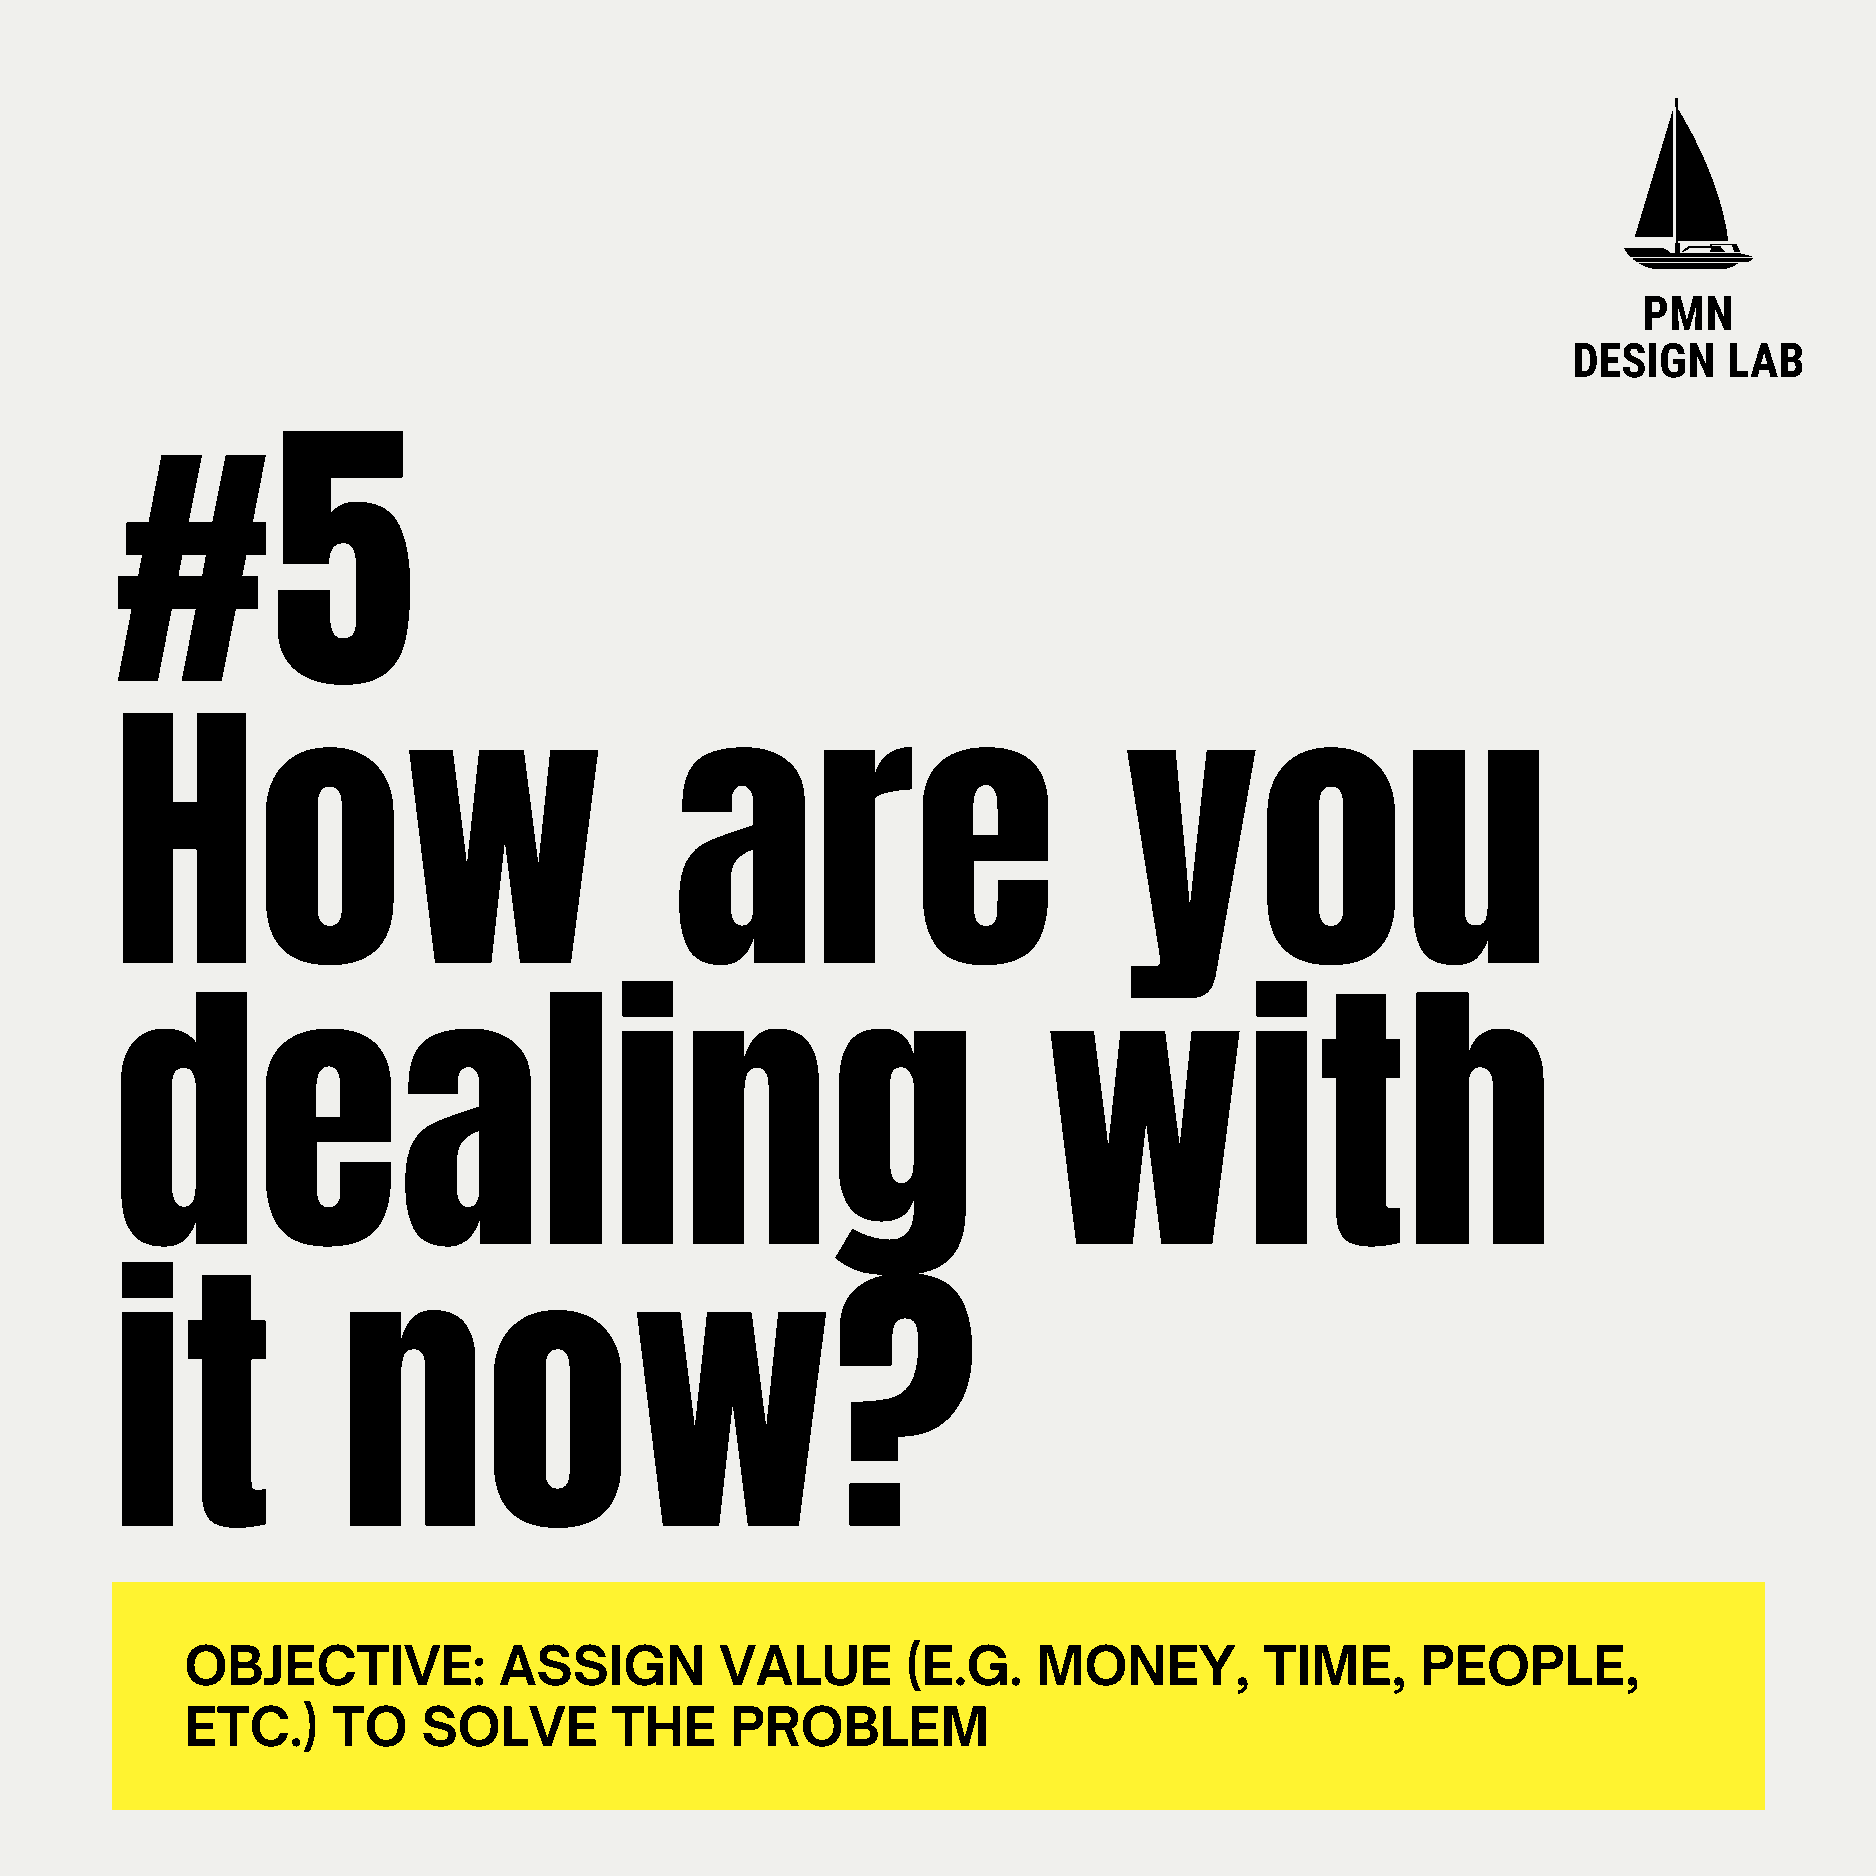
PMN
 DESIGN    LAB
 #5
 How                                   are                          you
 dealing                                                       with
 it             now?
 OBJECTIVE:           ASSIGN         VALUE       (E.G.    MONEY,         TIME,     PEOPLE,
 ETC.)     TO    SOLVE       THE     PROBLEM